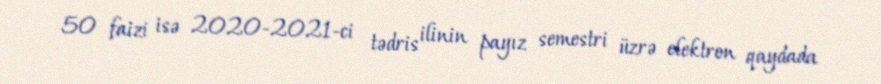
50 faizi isə 2020-2021-ci tədris ilinin payız semestri üzrə elektron qaydada